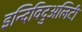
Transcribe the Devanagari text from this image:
इन्दिविदुअलिटी